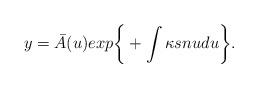
LaTeX: \begin{align*}y={\bar A}(u) exp\bigg\{+\int\kappa sn u du\bigg\}.\end{align*}